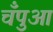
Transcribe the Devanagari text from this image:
चँपुआ